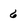
Character: 6